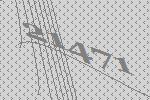
21471